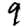
Digit: 9